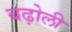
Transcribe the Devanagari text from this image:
बढ़ोली